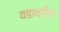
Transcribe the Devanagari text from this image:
वडावरील